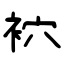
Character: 袕